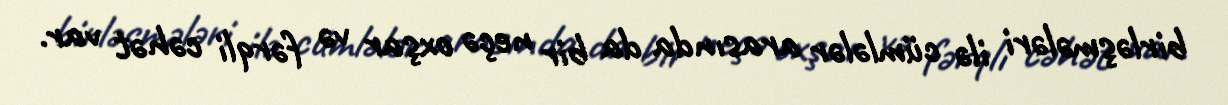
birləşmələri ilə cümlələr arasında da bir neçə oxşar və fərqli cəhət var.